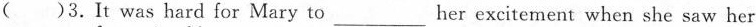
()3.It was hard for Mary to___her excitement when she saw her